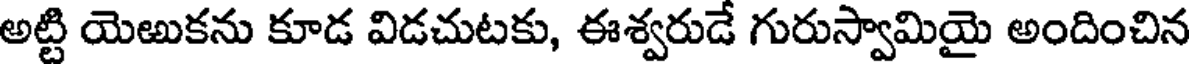
అట్టి యెఱుకను కూడ విడచుటకు, ఈశ్వరుడే గురుస్వామియై అందించిన